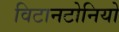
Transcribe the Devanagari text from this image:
विटानटोनियो